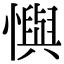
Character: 懙